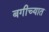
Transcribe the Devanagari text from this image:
बगीच्यात